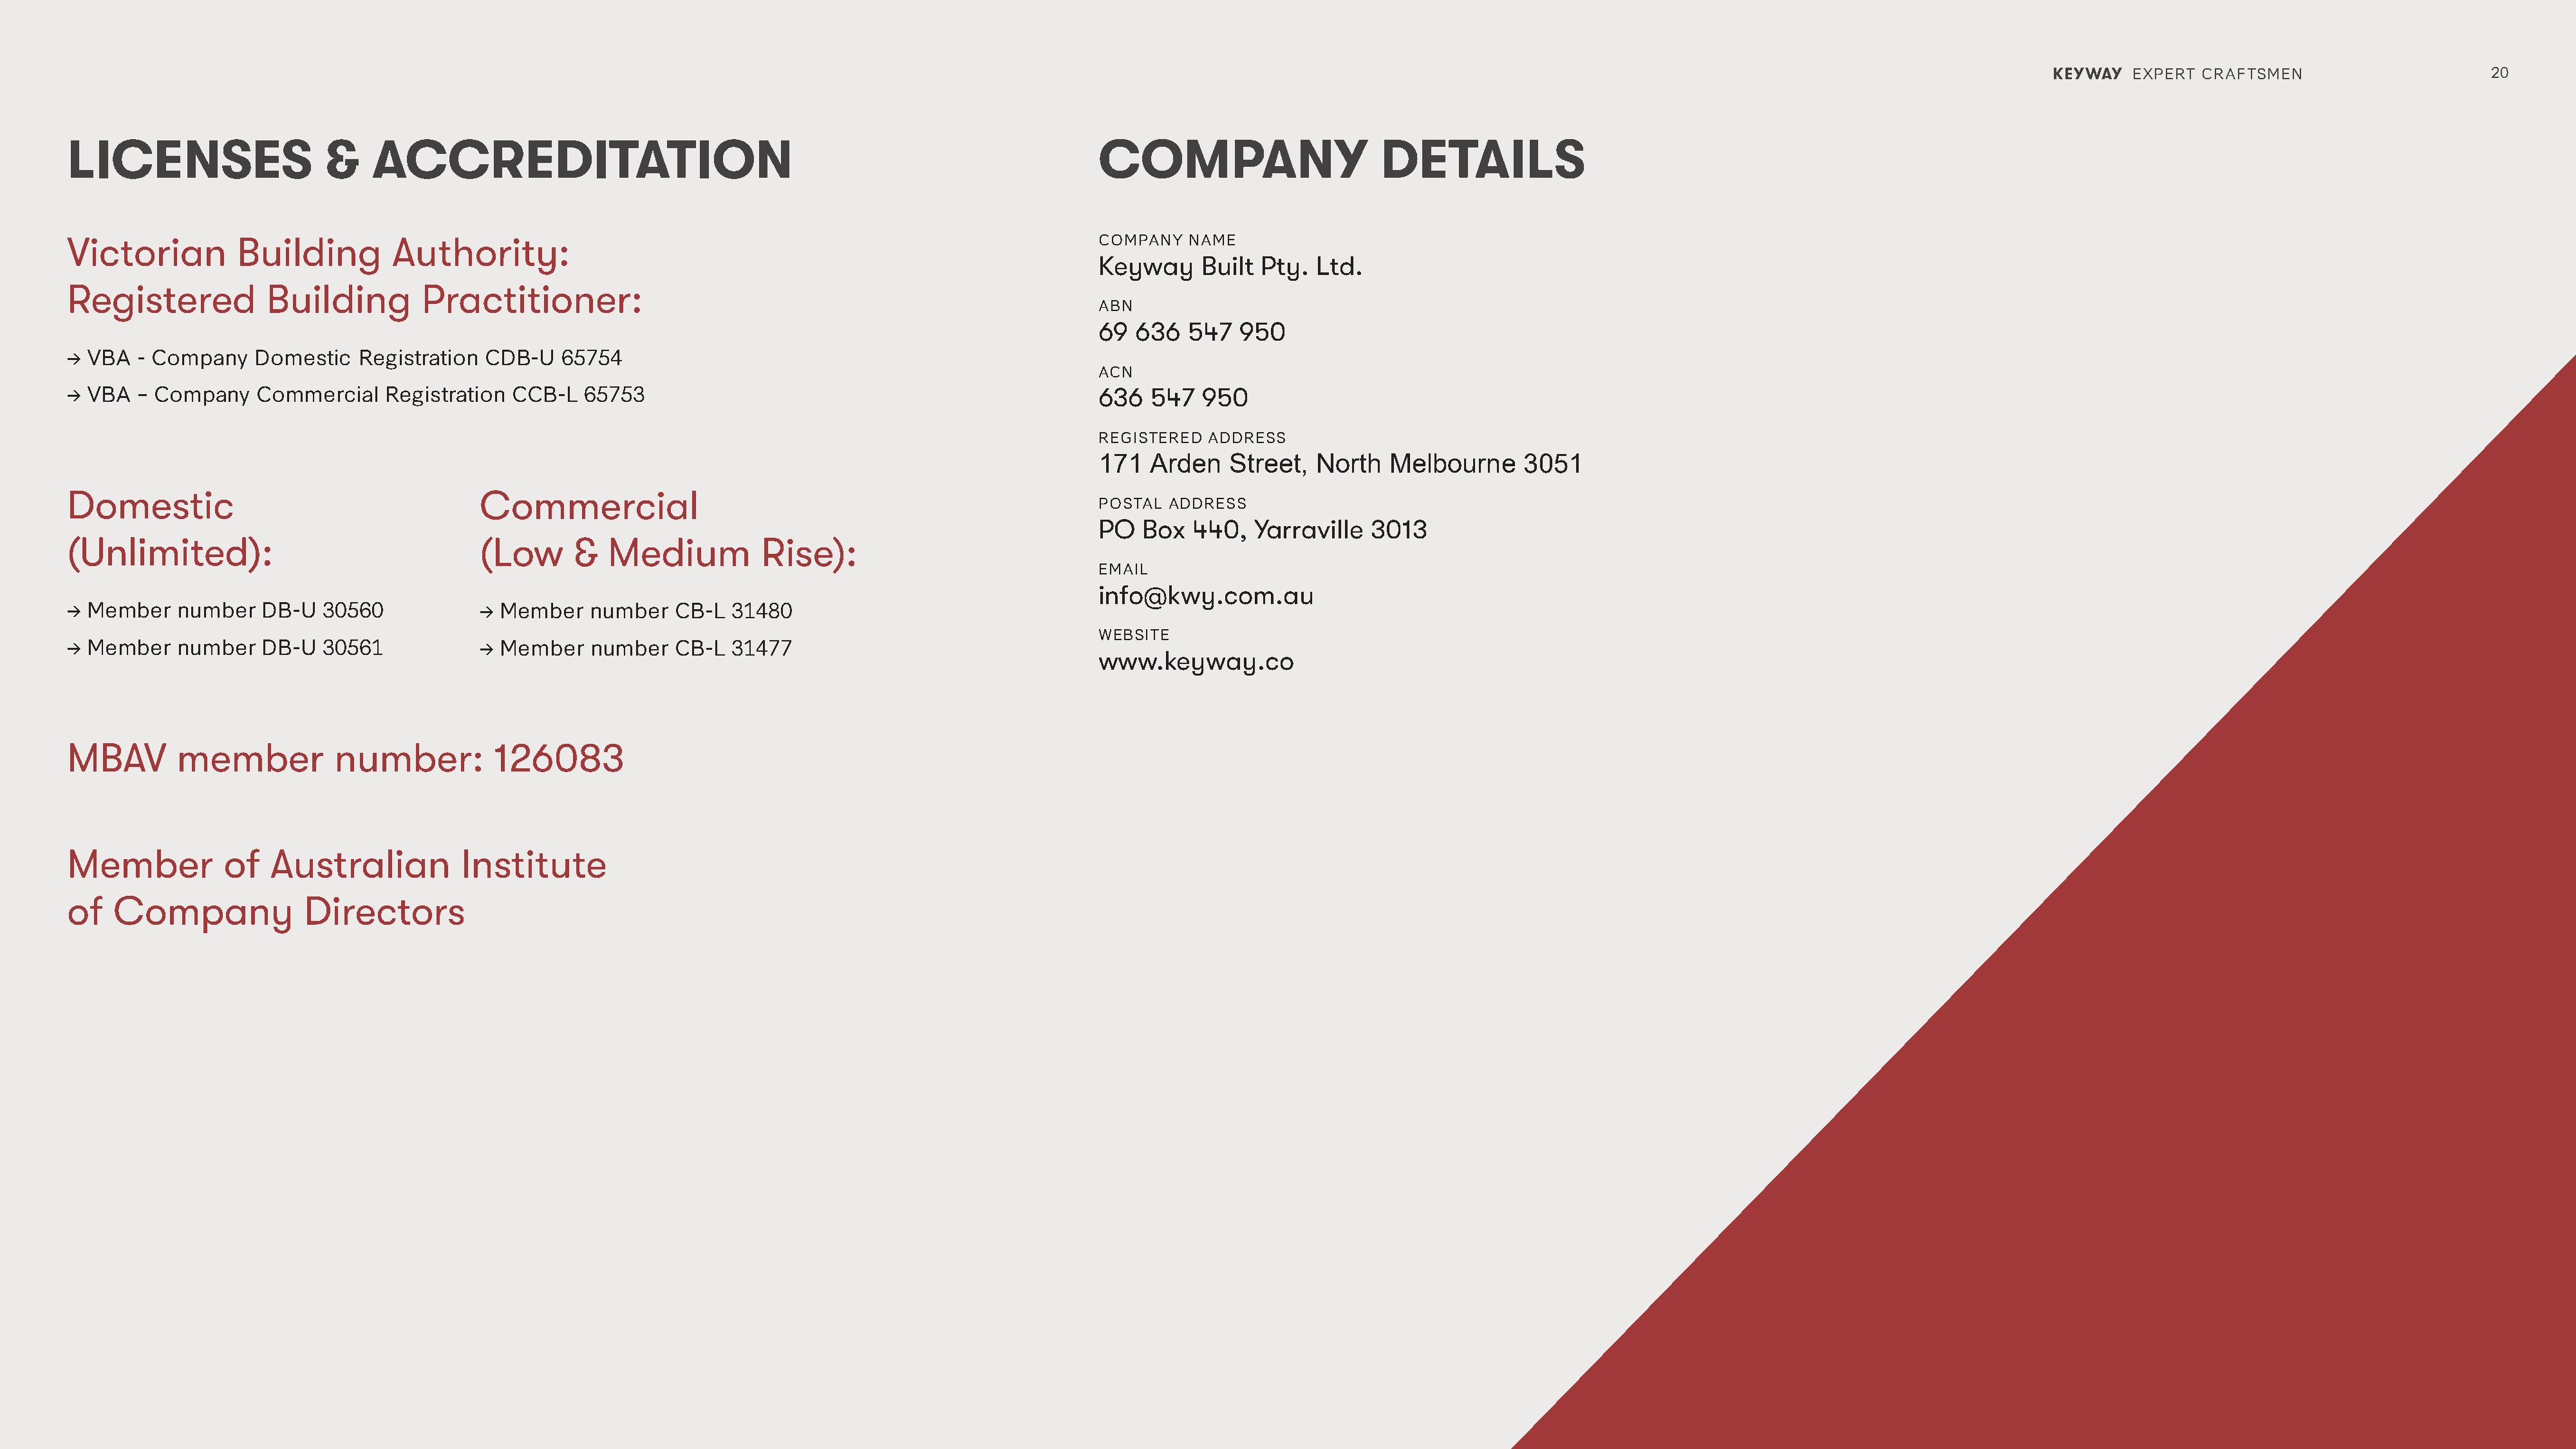
KEYWAY  EXPERT CRAFTSMEN                     20
 LICENSES                  &    ACCREDITATION                                                              COMPANY                      DETAILS
 Victorian        Building        Authority:                                                               COMPANY  NAME
 Keyway     Built Pty. Ltd.
 Registered          Building        Practitioner:
 ABN
 69  636  547  950
 → VBA  - Company   Domestic   Registration CDB-U   65754
 ACN
 → VBA  – Company   Commercial    Registration CCB-L  65753                                                636  547   950
 REGISTERED ADDRESS
 171  Arden   Street,  North   Melbourne     3051
 Domestic                                  Commercial
 POSTAL ADDRESS
 PO  Box   440,  Yarraville  3013
 (Unlimited):                              (Low      &  Medium          Rise):
 EMAIL
 info@kwy.com.au
 → Member   number   DB-U  30560           → Member    number  CB-L  31480
 WEBSITE
 → Member   number   DB-U  30561           → Member    number  CB-L  31477
 www.keyway.co
 MBAV       member          number:          126083
 Member          of   Australian         Institute
 of   Company            Directors